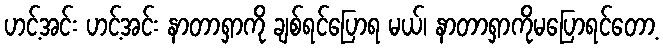
ဟင့်အင်း ဟင့်အင်း နာတာရှာကို ချစ်ရင်ပြောရ မယ်၊ နာတာရှာကိုမပြောရင်တော့